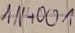
Text: IN4001